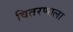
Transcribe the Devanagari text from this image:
वितरणाला